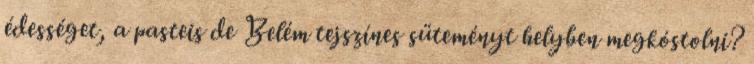
édességet, a pasteis de Belém tejszínes süteményt helyben megkóstolni?